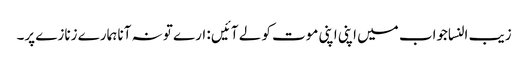
زیب النساجواب میں اپنی اپنی موت کو لے آئیں : ارے تو نہ آنا ہمارے زنازے پر۔